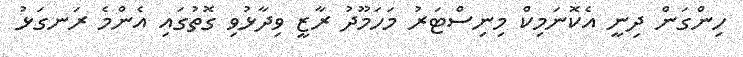
ހިންގަން ދިނީ އެކޮނަމިކް މިނިސްޓަރު މަހަމޫދު ރާޒީ ވިދާޅުވި ގޮތުގައި އެންމެ ރަނގަޅު